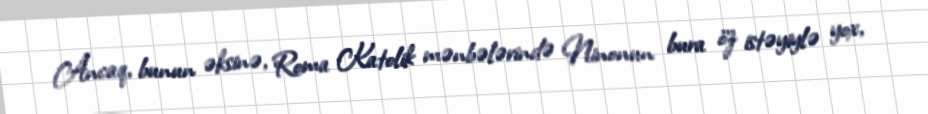
Ancaq, bunun əksinə, Roma Katolik mənbələrində Ninonun bura öz istəyiylə yox,